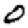
Digit: 0